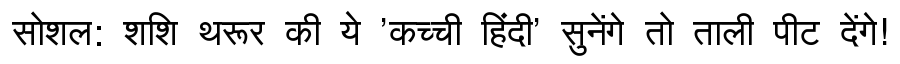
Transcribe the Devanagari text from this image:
सोशल: शशि थरूर की ये 'कच्ची हिंदी' सुनेंगे तो ताली पीट देंगे!